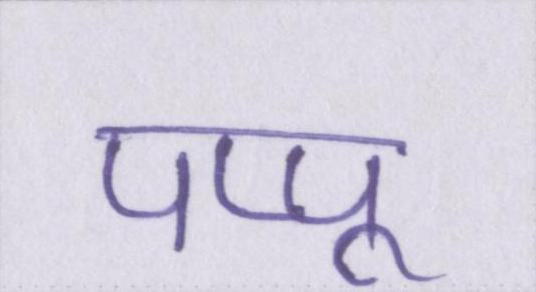
पप्पू